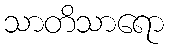
သာတိသာရော